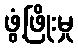
ဖွံ့ဖြိုးမှု